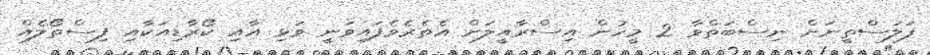
ފަލަސްތީނަށް ނިސްބަތްވާ 2 މީހުން އިސްރާއީލަށް އެތެރެވެފައިވަނީ ވަޅި އާއި ކޯރާޑިއަކާއި ފިސްތޯލެއް